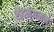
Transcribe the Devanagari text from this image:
शेंदमंगलम्